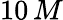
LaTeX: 10\, M